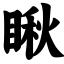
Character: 瞅